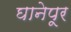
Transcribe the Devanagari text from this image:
घानेपूर